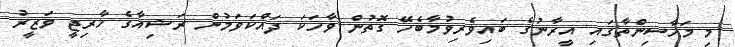
މި މަހާސިންތާގައި އީރާނުގެ ބައިވެރިވުމާބެހޭ ގޮތުން ވާހަކަ ދައްކަވަމުން ރަޝިއާގެ ޚާރިޖީ ވަޒީރު